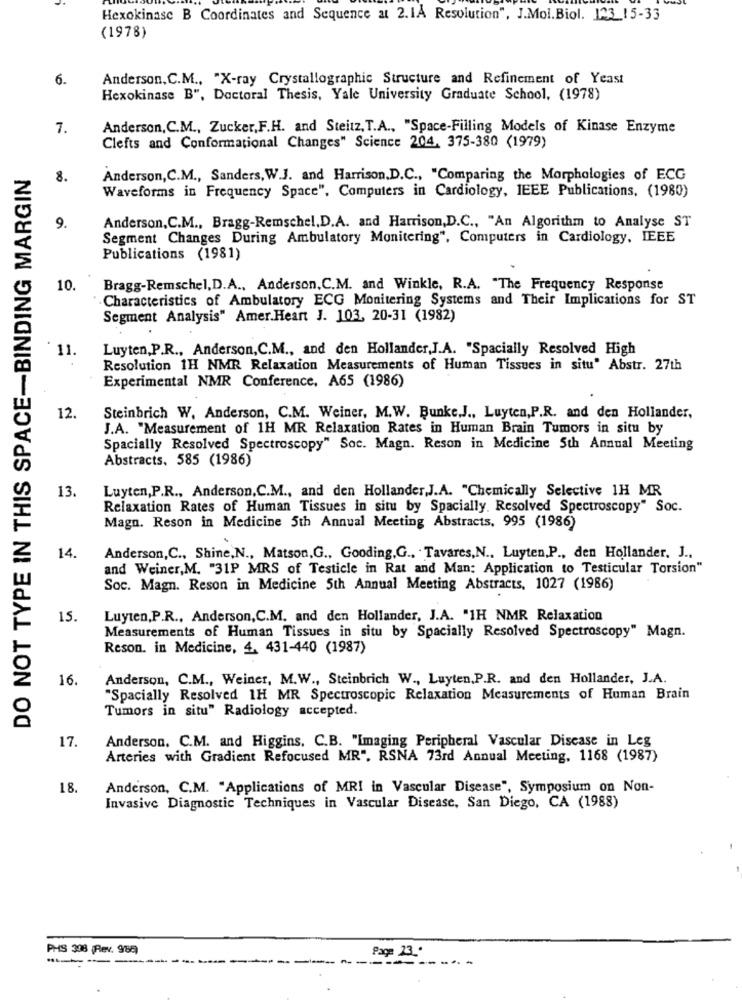
Hexokinase B Coordinates and Sequence at 2. 1A Resolution", J.Mol.Biol. 123_15-33
(1978)
6.
Anderson, C.M ., "X-ray Crystallographic Structure and Refinement of Yeast
Hexokinase B", Doctoral Thesis, Yale University Graduate School, (1978)
7.
Anderson, C.M ., Zucker, F.H. and Steitz, T.A ., "Space-Filling Models of Kinase Enzyme
Clefts and Conformational Changes" Science 204. 375-380 (1979)
DO NOT TYPE IN THIS SPACE-BINDING MARGIN
8.
Anderson, C.M ., Sanders, W.J. and Harrison,D.C ., "Comparing the Morphologies of ECG
Waveforms in Frequency Space", Computers in Cardiology, IEEE Publications, (1980)
Anderson, C.M ., Bragg-Remschel,D.A. and Harrison,D.C ., "An Algorithm to Analyse ST
9.
Segment Changes During Ambulatory Monitering", Computers in Cardiology, IEEE
Publications (1981)
10.
Bragg-Remschel, D.A ., Anderson, C.M. and Winkle, R.A. "The Frequency Response
Characteristics of Ambulatory ECG Monitering Systems and Their Implications for ST
Segment Analysis" Amer.Heart J. 103, 20-31 (1982)
11
Luyten,P.R ., Anderson,C.M ., and den Hollander,J.A. "Spacially Resolved High
Resolution 1H NMR Relaxation Measurements of Human Tissues in situ" Abstr. 27th
Experimental NMR Conference, A65 (1986)
12.
Steinbrich W. Anderson, C.M. Weiner, M.W. Bunke.J ., Luyten,P.R. and den Hollander,
J.A. "Measurement of 1H MR Relaxation Rates in Human Brain Tumors in situ by
Spacially Resolved Spectroscopy" Soc. Magn. Reson in Medicine 5th Annual Meeting
Abstracts, 585 (1986)
13.
Luyten,P.R ., Anderson,C.M ., and den Hollander,J.A. "Chemically Selective 1H MR
Relaxation Rates of Human Tissues in situ by Spacially. Resolved Spectroscopy" Soc.
Magn. Reson in Medicine 5th Annual Meeting Abstracts, 995 (1986)
14.
Anderson,C ., Shine,N ., Matson,G ., Gooding.G ., Tavares,N ., Luyten,P ., den Hollander, J .,
and Weiner, M. "31P MRS of Testicle in Rat and Man: Application to Testicular Torsion"
Soc. Magn. Reson in Medicine 5th Annual Meeting Abstracts, 1027 (1986)
15.
Luyten,P.R ., Anderson,C.M. and den Hollander, J.A. "1H NMR Relaxation
Measurements of Human Tissues in situ by Spacially Resolved Spectroscopy" Magn.
Reson. in Medicine, 4, 431-440 (1987)
16
Anderson, C.M ., Weiner, M.W ., Steinbrich W ., Luyten.P.R. and den Hollander, J.A.
"Spacially Resolved 1H MR Spectroscopic Relaxation Measurements of Human Brain
Tumors in situ" Radiology accepted.
17.
Anderson. C.M. and Higgins, C.B. "Imaging Peripheral Vascular Disease in Leg
Arteries with Gradient Refocused MR". RSNA 73rd Annual Meeting. 1168 (1987)
18.
Anderson, C.M. "Applications of MRI in Vascular Disease", Symposium on Non-
Invasive Diagnostic Techniques in Vascular Disease, San Diego, CA (1988)
PHS 308 (Rev. 988
Page 13º